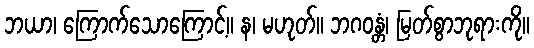
ဘယာ၊ ကြောက်သောကြောင့်။ န၊ မဟုတ်။ ဘဂဝန္တံ၊ မြတ်စွာဘုရားကို။